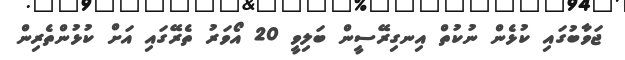
ޖަވާބުގައި ކުޅެން ނުކުތް އިނގިރޭސީން ބަލިވީ 20 އޯވަރު ތެރޭގައި އަށް ކުޅުންތެރިން